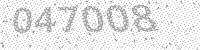
Solution: 047008